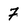
Character: 7